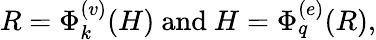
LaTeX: R=\Phi_{k}^{(v)}(H)\ \mathrm{and}\ H=\Phi_{q}^{(e)}(R),